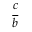
\frac { c } { b }